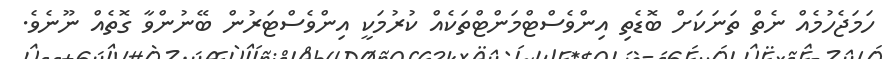
ހަމަޖެހުމެއް ނެތް ތަނަކަށް ބޮޑެތި އިންވެސްޓްމަންޓްތަކެއް ކުރުމަކީ އިންވެސްޓަރުން ބޭނުންވާ ގޮތެއް ނޫނެވެ.